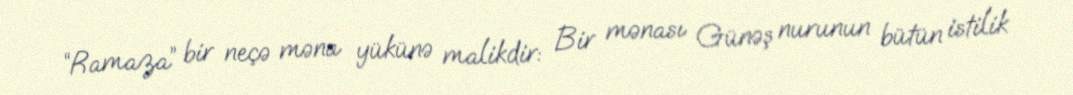
“Ramaza” bir neçə məna yükünə malikdir: Bir mənası Günəş nurunun bütün istilik